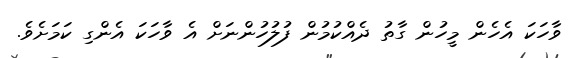
ވާހަކަ އެހެން މީހުން ގާތު ދެއްކުމުން ފުލުހުންނަށް އެ ވާހަކަ އެންގި ކަމަށެވެ.